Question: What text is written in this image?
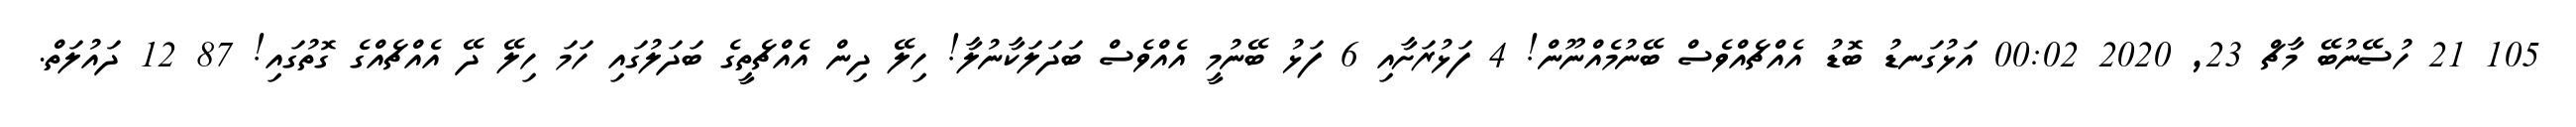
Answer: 105 21 ހުސޭނުބޭ މާޗް 23, 2020 00:02 އަޅުގަނޑު ބޮޑު އެއްޗެއްވެސް ބޭނުމެއްނޫން! 4 ފަޅުރަށާއި 6 ފަޅު ބޭނުމީ އެއްވެސް ބަދަލަކާނުލާ! ހިލޭ ދިން އެއްޗެތީގެ ބަދަލުގައި ހަމަ ހިލޭ ދޭ އެއްޗެއްގެ ގޮތުގައި! 87 12 ދައުލަތް.